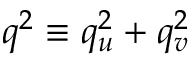
q ^ { 2 } \equiv q _ { u } ^ { 2 } + q _ { v } ^ { 2 }